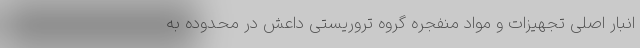
انبار اصلی تجهیزات و مواد منفجره گروه تروریستی داعش در محدوده به